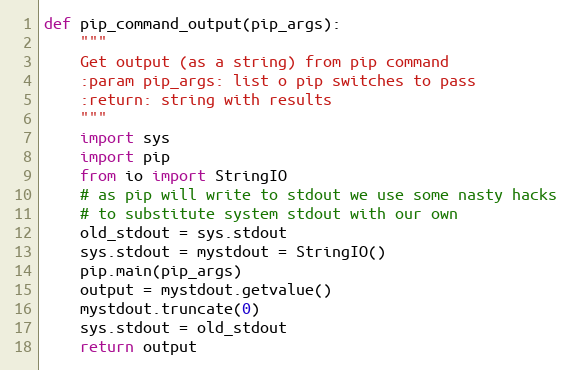
Language: Python
def pip_command_output(pip_args):
    """
    Get output (as a string) from pip command
    :param pip_args: list o pip switches to pass
    :return: string with results
    """
    import sys
    import pip
    from io import StringIO
    # as pip will write to stdout we use some nasty hacks
    # to substitute system stdout with our own
    old_stdout = sys.stdout
    sys.stdout = mystdout = StringIO()
    pip.main(pip_args)
    output = mystdout.getvalue()
    mystdout.truncate(0)
    sys.stdout = old_stdout
    return output